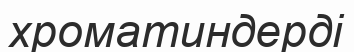
хроматиндерді